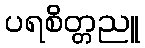
ပရစိတ္တညူ